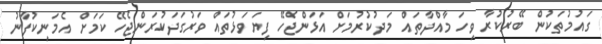
ގައުމުތަކުން ބޭރުކުރާ ވިހަ މާއްދާތައް މަދުކުރުމަށް އަޅަންޖެހޭ ފިޔަވަޅުތައް ވަރުގަދަކުރަންޖެހޭ ކަމަށް އެމަނިކުފާނު